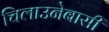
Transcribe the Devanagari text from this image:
चिलाउनेबासी